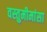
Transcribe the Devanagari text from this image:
वस्तुमीमांसा